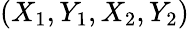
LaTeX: (X_{1},Y_{1},X_{2},Y_{2})